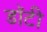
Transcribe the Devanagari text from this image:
डॉटी